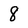
Character: 8